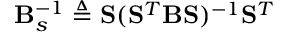
\mathbf { B } _ { s } ^ { - 1 } \triangleq \mathbf { S } ( \mathbf { S } ^ { T } \mathbf { B } \mathbf { S } ) ^ { - 1 } \mathbf { S } ^ { T }